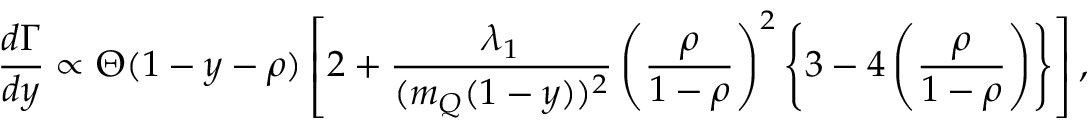
\frac { d \Gamma } { d y } \propto \Theta ( 1 - y - \rho ) \left[ 2 + \frac { \lambda _ { 1 } } { ( m _ { Q } ( 1 - y ) ) ^ { 2 } } \left( \frac { \rho } { 1 - \rho } \right) ^ { 2 } \left\{ 3 - 4 \left( \frac { \rho } { 1 - \rho } \right) \right\} \right] ,